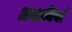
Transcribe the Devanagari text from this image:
असामियां